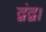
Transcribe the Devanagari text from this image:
द्वंद्व।